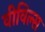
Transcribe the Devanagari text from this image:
वीविल्स